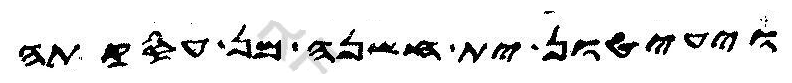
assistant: ויעיטון ית חשנה מן עסקתה